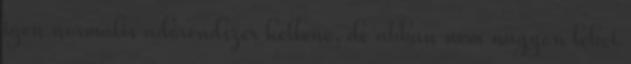
igen normális adórendszer kellene, de abban nem nagyon lehet